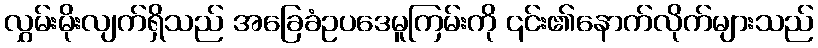
လွှမ်းမိုးလျက်ရှိသည် အခြေခံဥပဒေမူကြမ်းကို ၎င်း၏နောက်လိုက်များသည်